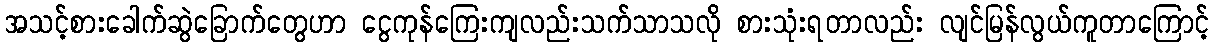
အသင့်စားခေါက်ဆွဲခြောက်တွေဟာ ငွေကုန်ကြေးကျလည်းသက်သာသလို စားသုံးရတာလည်း လျင်မြန်လွယ်ကူတာကြောင့်